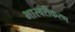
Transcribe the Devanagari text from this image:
भास्वरीकरण